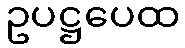
ဥပဋ္ဌပေထ